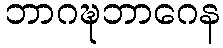
ဘာဂဍ္ဎဘာဂေန